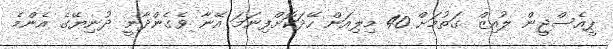
ޕީއެސްޖީން ލުއިޒް ގަތުމަށް 40 މިލިއަން ހޭދަކޮށްފިނަމަ އޭނާ ވެގެންދާނީ ދުނިޔޭގެ އެންމެ